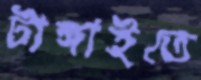
টাঙ্গাইতে